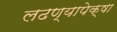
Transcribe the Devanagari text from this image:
लढण्यापेक्षा